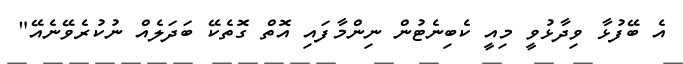
އެ ބޭފުޅާ ވިދާޅުވީ މިއީ ކެބިނެޓުން ނިންމާފައި އޮތް ގޮތެކޭ ބަދަލެއް ނުކުރެވޭނެއޭ"